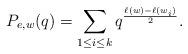
LaTeX: \begin{align*} P_{e,w}(q)=\sum_{1\leq i\leq k}q^{\frac{\ell(w)-\ell(w_i)}{2}}. \end{align*}